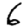
Digit: 6